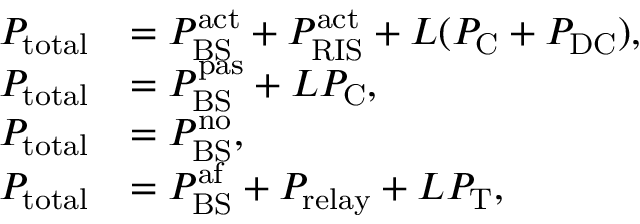
\begin{array} { r l } { P _ { { \mathrm { t o t a l } } } } & { = P _ { \mathrm { B S } } ^ { \mathrm { a c t } } + P _ { \mathrm { R I S } } ^ { \mathrm { a c t } } + L ( P _ { \mathrm { C } } + P _ { \mathrm { D C } } ) , } \\ { P _ { { \mathrm { t o t a l } } } } & { = P _ { \mathrm { B S } } ^ { \mathrm { p a s } } + L P _ { \mathrm { C } } , } \\ { P _ { { \mathrm { t o t a l } } } } & { = P _ { \mathrm { B S } } ^ { \mathrm { n o } } , } \\ { P _ { { \mathrm { t o t a l } } } } & { = P _ { \mathrm { B S } } ^ { \mathrm { a f } } + P _ { \mathrm { r e l a y } } + L P _ { \mathrm { T } } , } \end{array}